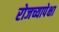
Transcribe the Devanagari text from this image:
रोजच्यापेक्षा